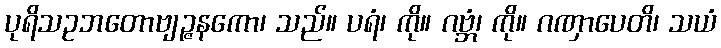
ပုရိသဥဘတောဗျဉ္ဇနကော၊ သည်။ ပရံ၊ ကို။ ဂဗ္ဘံ၊ ကို။ ဂဏှာပေတိ၊ သယံ